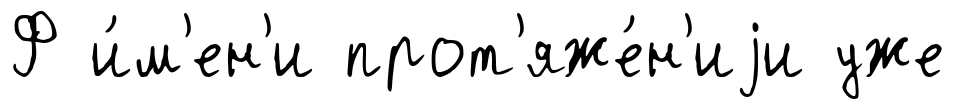
Ф и́м'ен'и прот'яже́н'иjи уже